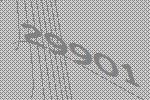
29901